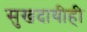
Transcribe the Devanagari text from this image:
सुखदायीही